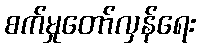
စက်မှုတော်လှန်ရေး